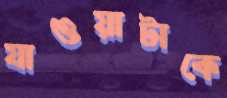
যাওয়াটাকে